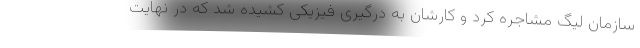
سازمان لیگ مشاجره کرد و کارشان به درگیری فیزیکی کشیده شد که در نهایت